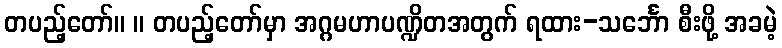
တပည့်တော်။ ။ တပည့်တော်မှာ အဂ္ဂမဟာပဏ္ဍိတအတွက် ရထား-သင်္ဘော စီးဖို့ အခမဲ့